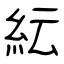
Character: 紜